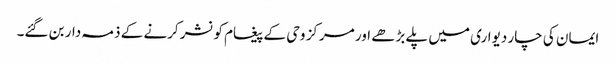
ایمان کی چار دیواری میں پلے بڑھے اور مرکز وحی کے پیغام کو نشر کرنے کے ذمہ دار بن گئے۔